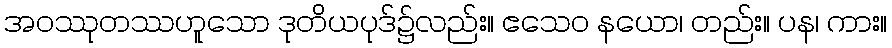
အဝဿုတဿဟူသော ဒုတိယပုဒ်၌လည်း။ ဧသေဝ နယော၊ တည်း။ ပန၊ ကား။